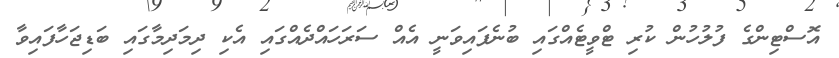
އޮސްޓިންގެ ފުލުހުން ކުރި ޓްވީޓެއްގައި ބުނެފައިވަނީ އެއް ސަރަހައްދެއްގައި އެކި ދިމަދިމާގައި ބަޑިޖަހާފައިވާ